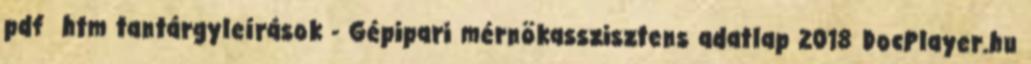
pdf htm tantárgyleírások - Gépipari mérnökasszisztens adatlap 2018 DocPlayer.hu